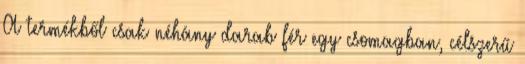
A termékből csak néhány darab fér egy csomagban, célszerű